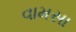
વામસા